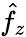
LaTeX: \hat{f}_{z}